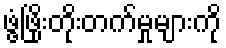
ဖွံ့ဖြိုးတိုးတက်မှုများကို